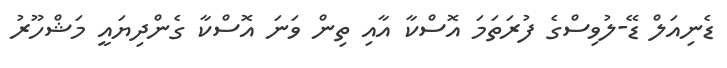
ޑެނިއަލް ޑޭ-ލުވިސްގެ ފުރަތަމަ އޮސްކާ އާއި ތިން ވަނަ އޮސްކާ ގެންދިޔައީ މަޝްހޫރު